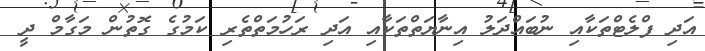
އަދި ފްލެޓްތަކާއި ނުބައްދަލު އިނާޔަތްތަކާއި އަދި ރަހުމަތްތެރި ކަމުގެ ގޮތުން މަގާމް ދީ